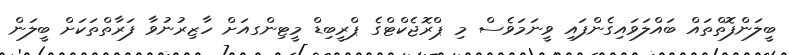
ބީލަންފޮތްތައް ބައްލަވައިގެންފައި ވީނަމަވެސް މި ޕްރޮޖެކްޓްގެ ޕްރީބިޑް މީޓިންގއަށް ހާޒިރުނުވާ ފަރާތްތަކަށް ބީލަން